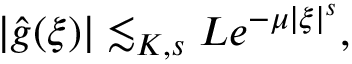
\begin{array} { r } { | \hat { g } ( \xi ) | \lesssim _ { K , s } L e ^ { - \mu | \xi | ^ { s } } , } \end{array}